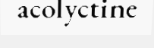
acolyctine